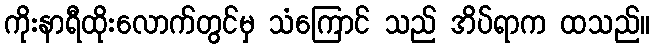
ကိုးနာရီထိုးလောက်တွင်မှ သံကြောင် သည် အိပ်ရာက ထသည်။